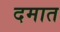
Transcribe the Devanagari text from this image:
दमात